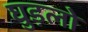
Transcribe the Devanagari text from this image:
घुड़लो